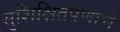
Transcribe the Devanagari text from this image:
सुशिक्षितपणाचे